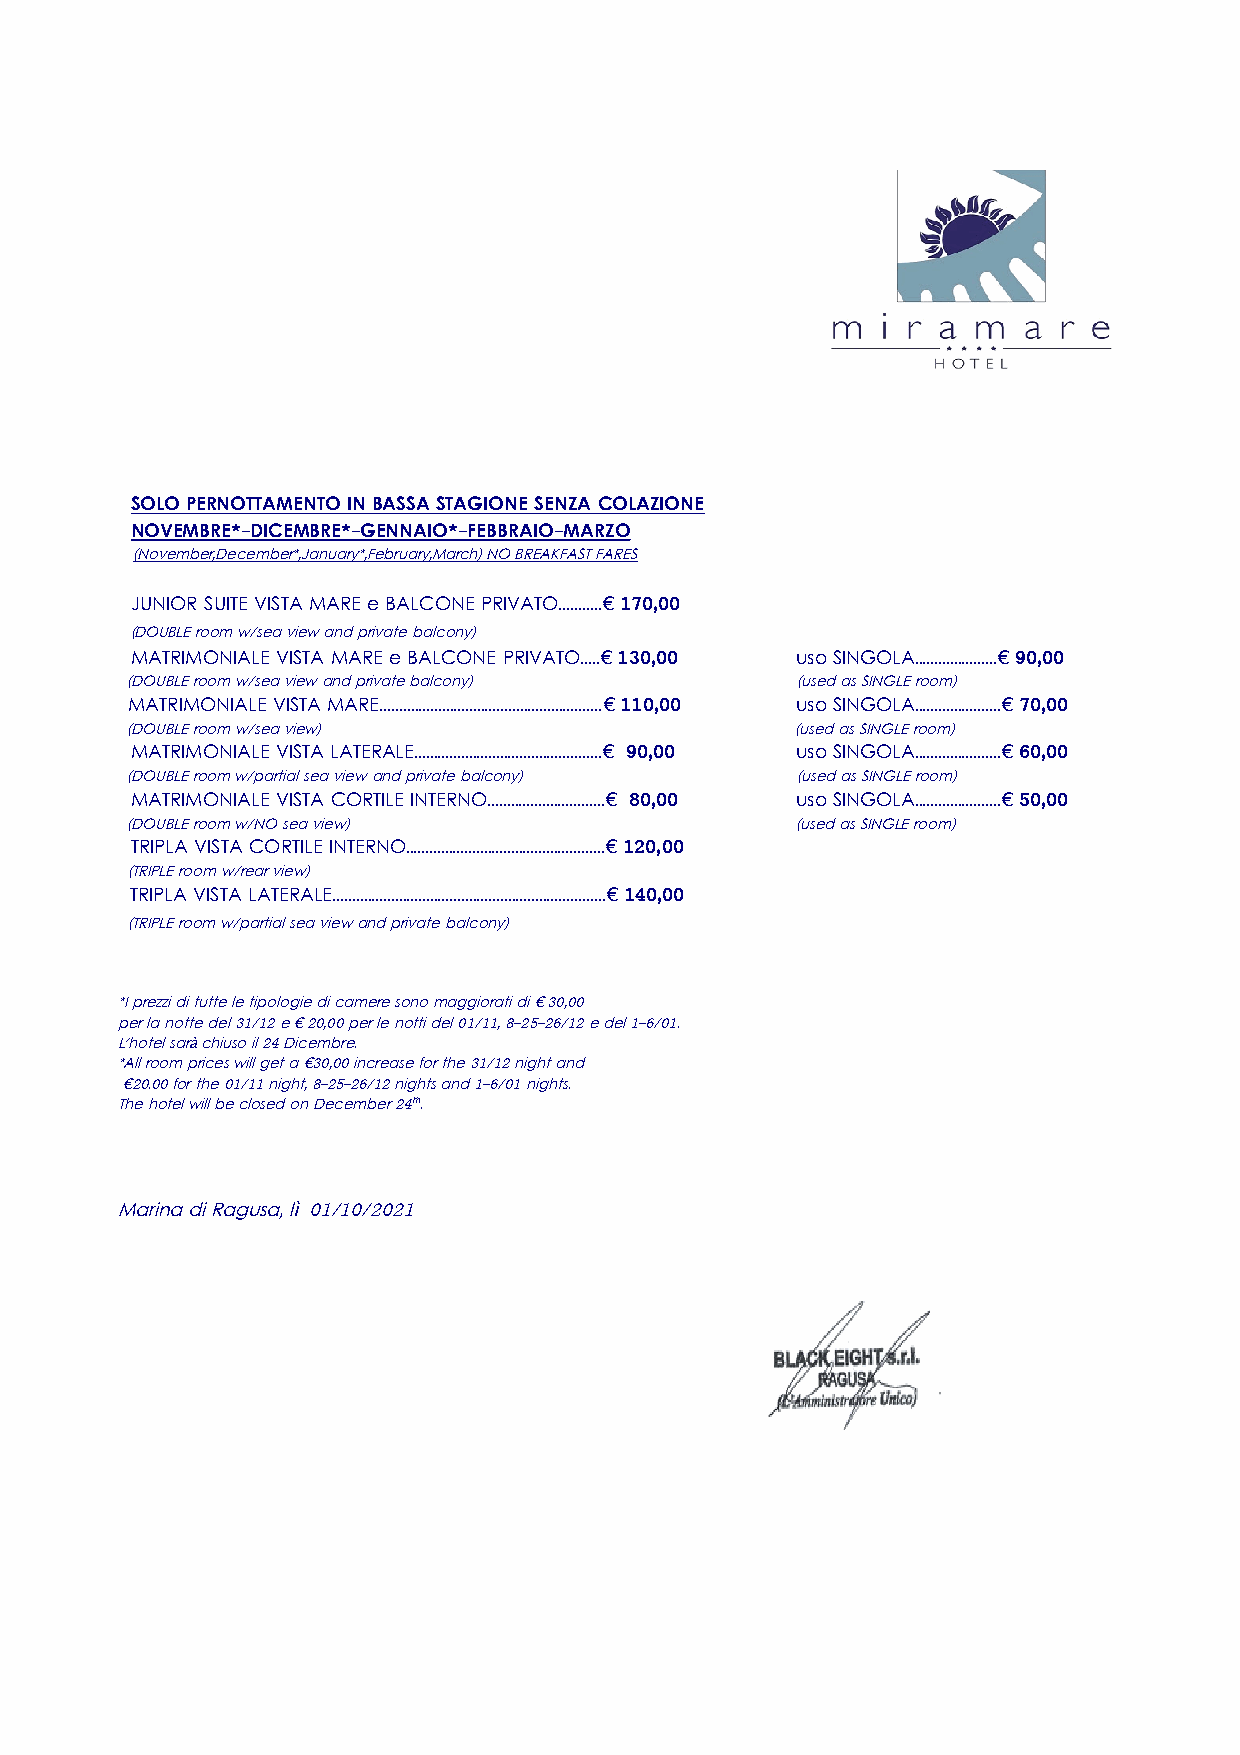
SOLO PERNOTTAMENTO IN BASSA STAGIONE SENZA COLAZIONE
 NOVEMBRE*-DICEMBRE*-GENNAIO*-FEBBRAIO-MARZO
 (November,December*,January*,February,March) NO BREAKFAST FARES
 JUNIOR SUITE VISTA MARE e BALCONE PRIVATO...........€ 170,00
 (DOUBLE room w/sea view and private balcony)
 MATRIMONIALE VISTA MARE e BALCONE PRIVATO.....€ 130,00 uso SINGOLA.....................€ 90,00
 (DOUBLE room w/sea view and private balcony) (used as SINGLE room)
 MATRIMONIALE VISTA MARE.........................................................€ 110,00 uso SINGOLA......................€ 70,00
 (DOUBLE room w/sea view)                     (used as SINGLE room)
 MATRIMONIALE VISTA LATERALE................................................€ 90,00 uso SINGOLA......................€ 60,00
 (DOUBLE room w/partial sea view and private balcony) (used as SINGLE room)
 MATRIMONIALE VISTA CORTILE INTERNO..............................€ 80,00 uso SINGOLA......................€ 50,00
 (DOUBLE room w/NO sea view)                  (used as SINGLE room)
 TRIPLA VISTA CORTILE INTERNO...................................................€ 120,00
 (TRIPLE room w/rear view)
 TRIPLA VISTA LATERALE......................................................................€ 140,00
 (TRIPLE room w/partial sea view and private balcony)
 *I prezzi di tutte le tipologie di camere sono maggiorati di € 30,00
 per la notte del 31/12 e € 20,00 per le notti del 01/11, 8-25-26/12 e del 1-6/01.
 L'hotel sarà chiuso il 24 Dicembre.
 *All room prices will get a €30,00 increase for the 31/12 night and
 €20.00 for the 01/11 night, 8-25-26/12 nights and 1-6/01 nights.
 The hotel will be closed on December 24th.
 Marina di Ragusa, lì 01/10/2021